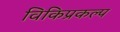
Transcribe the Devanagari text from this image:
विकिप्रकल्प